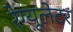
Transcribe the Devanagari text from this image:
रेग्यूलेटर